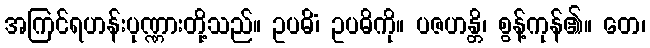
အကြင်ရဟန်းပုဏ္ဏားတို့သည်။ ဥပဓိံ၊ ဥပဓိကို။ ပဇဟန္တိ၊ စွန့်ကုန်၏။ တေ၊